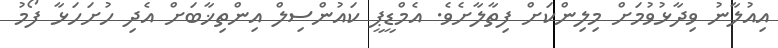
އިއުލާނު ވިދާޅުވުމަށް މިލިންކަށް ފިތާލާށެވެ. އެމްޑީޕީ ކައުންސިލް އިންތިޚާބަށް އެދި ހުށަހަޅާ ފޯމު